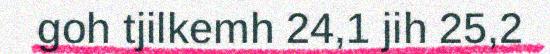
goh tjilkemh 24,1 jih 25,2